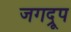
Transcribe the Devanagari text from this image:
जगद्रूप